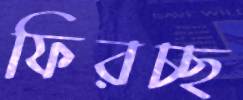
ফিরচ্ছ